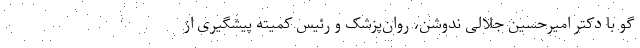
گو با دکتر امیرحسین جلالی ندوشن، روان‌پزشک و رئیس کمیته پیشگیری از